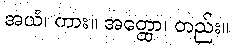
အယံ၊ ကား။ အတ္ထော၊ တည်း။